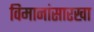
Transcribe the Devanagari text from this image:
विमानांसारखा